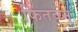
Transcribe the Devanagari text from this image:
फितव्य्न